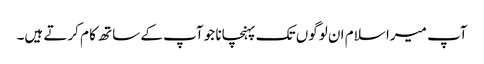
آپ میرا سلام ان لوگوں تک پہنچانا جو آپ کے ساتھ کا م کرتے ہیں۔